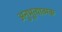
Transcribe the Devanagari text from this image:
अनुभूत्यात्मक